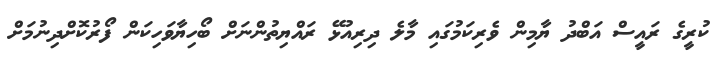
ކުރީގެ ރައީސް އަބްދު ޔާމިން ވެރިކަމުގައި މާލެ ދިރިއުޅޭ ރައްޔިތުންނަށް ބޯހިޔާވަހިކަން ފޯރުކޮށްދިނުމަށް